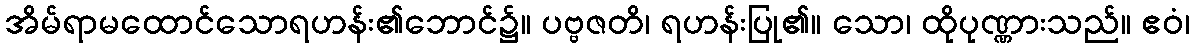
အိမ်ရာမထောင်သောရဟန်း၏ဘောင်၌။ ပဗ္ဗဇတိ၊ ရဟန်းပြု၏။ သော၊ ထိုပုဏ္ဏားသည်။ ဧဝံ၊